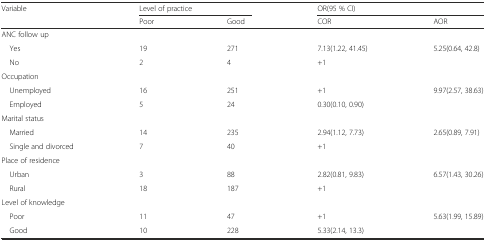
| <ROWSPAN=2> Variable | <COLSPAN=2> Level of practice | <COLSPAN=2> OR(95 % CI) |
 | Poor | Good | COR | AOR |
 | --- | --- | --- | --- | --- |
 | <COLSPAN=5> ANC follow up |
 | Yes | 19 | 271 | 7.13(1.22, 41.45) | <ROWSPAN=2> 5.25(0.64, 42.8) |
 | No | 2 | 4 | +1 |
 | <COLSPAN=5> Occupation |
 | Unemployed | 16 | 251 | +1 | <ROWSPAN=2> 9.97(2.57, 38.63) |
 | Employed | 5 | 24 | 0.30(0.10, 0.90) |
 | <COLSPAN=5> Marital status |
 | Married | 14 | 235 | 2.94(1.12, 7.73) | <ROWSPAN=2> 2.65(0.89, 7.91) |
 | Single and divorced | 7 | 40 | +1 |
 | <COLSPAN=5> Place of residence |
 | Urban | 3 | 88 | 2.82(0.81, 9.83) | 6.57(1.43, 30.26) |
 | Rural | 18 | 187 | +1 |  |
 | <COLSPAN=5> Level of knowledge |
 | Poor | 11 | 47 | +1 | <ROWSPAN=2> 5.63(1.99, 15.89) |
 | Good | 10 | 228 | 5.33(2.14, 13.3) |